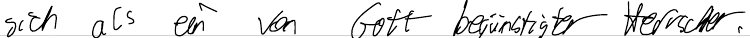
sich als ein von Gott begünstigter Herrscher.